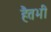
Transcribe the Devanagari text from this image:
हैतभी